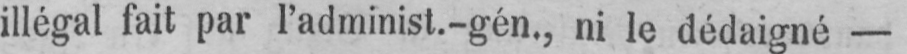
illégal fait par l’administ.-gén., ni le dédaigné -